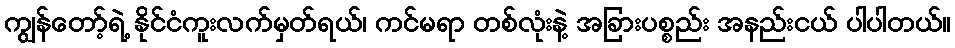
ကျွန်တော့်ရဲ့ နိုင်ငံကူးလက်မှတ်ရယ်၊ ကင်မရာ တစ်လုံးနဲ့ အခြားပစ္စည်း အနည်းငယ် ပါပါတယ်။